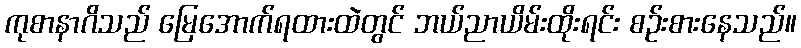
ကုစာနာဂိသည် မြေအောက်ရထားထဲတွင် ဘယ်ညာယိမ်းထိုးရင်း စဉ်းစားနေသည်။